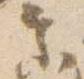
参